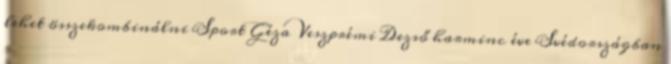
lehet összekombinálni Sport Géza Veszprémi Dezső harminc éve Svédországban